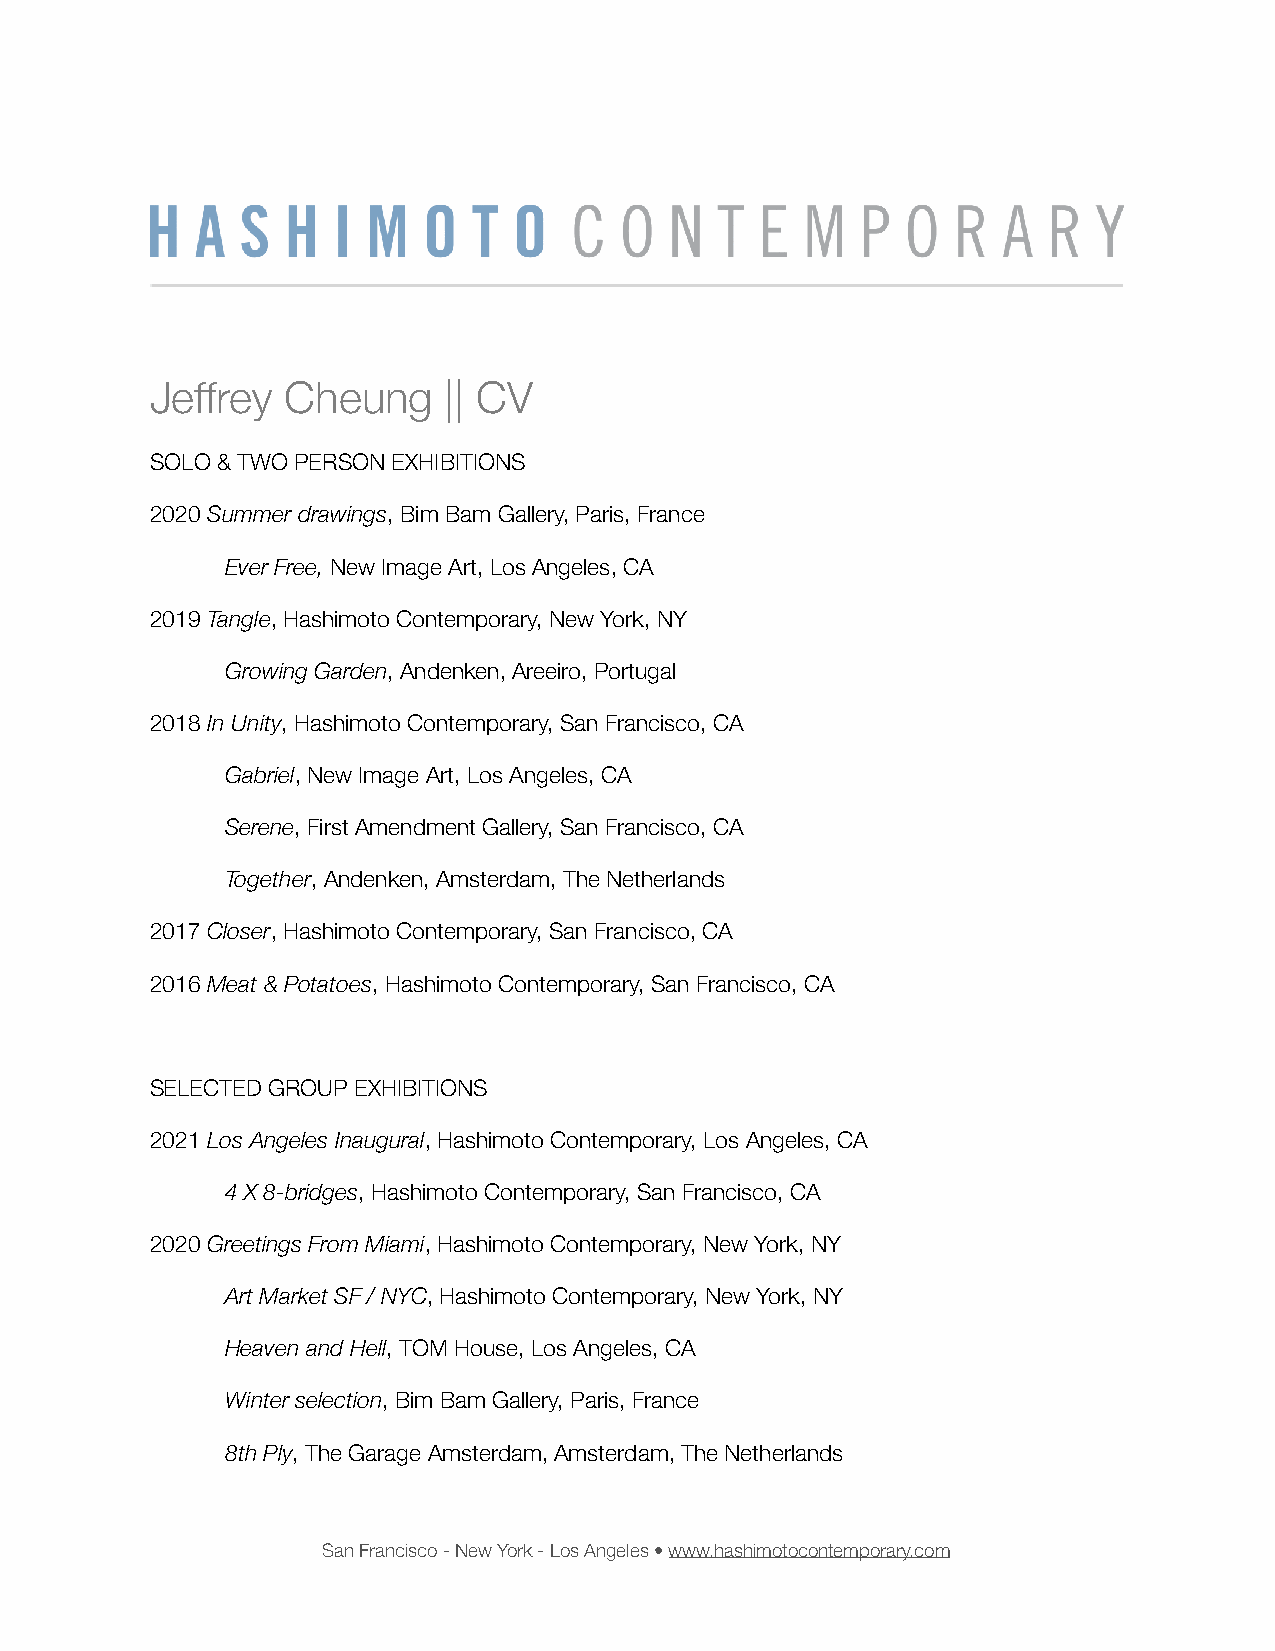
Jeffrey  Cheung    || CV
 SOLO & TWO PERSON EXHIBITIONS
 2020 Summer drawings, Bim Bam Gallery, Paris, France
 Ever Free, New Image Art, Los Angeles, CA
 2019 Tangle, Hashimoto Contemporary, New York, NY
 Growing Garden, Andenken, Areeiro, Portugal
 2018 In Unity, Hashimoto Contemporary, San Francisco, CA
 Gabriel, New Image Art, Los Angeles, CA
 Serene, First Amendment Gallery, San Francisco, CA
 Together, Andenken, Amsterdam, The Netherlands
 2017 Closer, Hashimoto Contemporary, San Francisco, CA
 2016 Meat & Potatoes, Hashimoto Contemporary, San Francisco, CA
 SELECTED GROUP EXHIBITIONS
 2021 Los Angeles Inaugural, Hashimoto Contemporary, Los Angeles, CA
 4 X 8-bridges, Hashimoto Contemporary, San Francisco, CA
 2020 Greetings From Miami, Hashimoto Contemporary, New York, NY
 Art Market SF / NYC, Hashimoto Contemporary, New York, NY
 Heaven and Hell, TOM House, Los Angeles, CA
 Winter selection, Bim Bam Gallery, Paris, France
 8th Ply, The Garage Amsterdam, Amsterdam, The Netherlands
 San Francisco - New York - Los Angeles • www.hashimotocontemporary.com